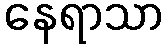
နေရာသာ